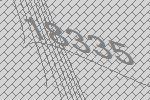
18335